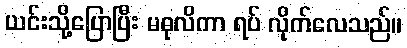
ယင်းသို့ပြောပြီး မဓုလိကာ ရပ် လိုက်လေသည်။